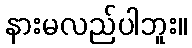
နားမလည်ပါဘူး။